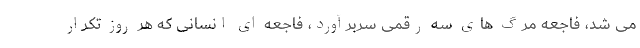
می شد، فاجعه مرگ های سه رقمی سربرآورد، فاجعه ای انسانی که هر روز تکرار